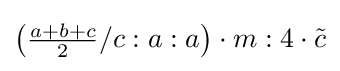
\left({\tfrac {a+b+c}{2}}/c:a:a\right)\cdot m:4\cdot {\tilde {c}}